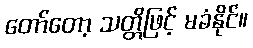
တော်တော့ သတ္တိဖြင့် မခံနိုင်။